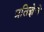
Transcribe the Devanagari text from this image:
प्रतिज्ञेचे